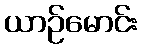
ယာဉ်မောင်း